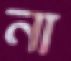
না